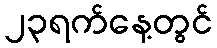
၂၃ရက်နေ့တွင်